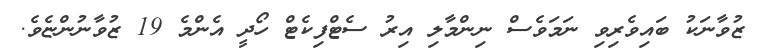
ޒުވާނަކު ބައިވެރިވި ނަމަވެސް ނިންމާލި އިރު ސެޓްފިކެޓް ހޯދީ އެންމެ 19 ޒުވާނުންޏެވެ.